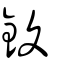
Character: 鍑